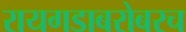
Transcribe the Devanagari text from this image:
रायगडाबरोबरच